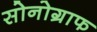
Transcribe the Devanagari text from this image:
सोनोग्राफ